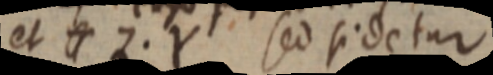
et Z . Y sed sidetur